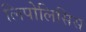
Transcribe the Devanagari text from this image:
लिपोलिसिस